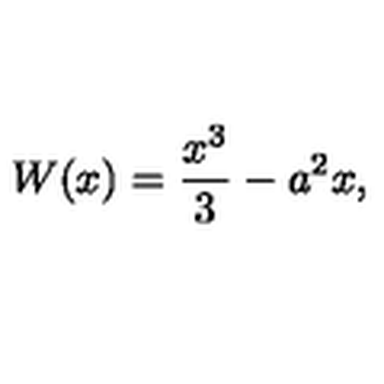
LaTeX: W ( x ) = \frac { x ^ { 3 } } { 3 } - a ^ { 2 } x ,